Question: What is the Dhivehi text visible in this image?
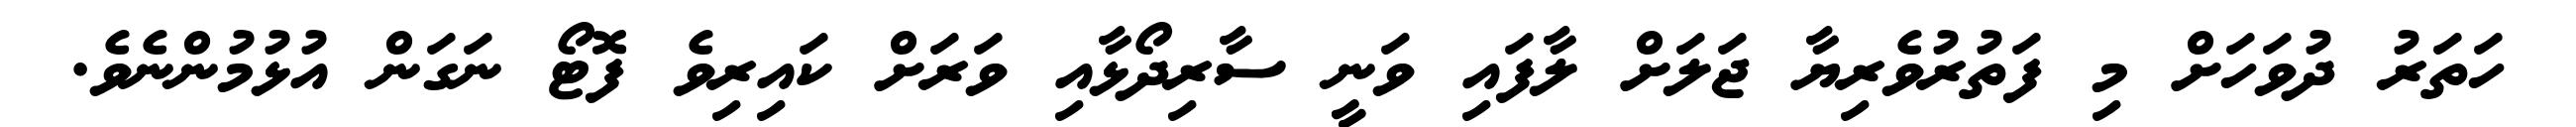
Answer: ހަތަރު ދުވަހަށް މި ފަތުރުވެރިޔާ ޖަލަށް ލާފައި ވަނީ ސާރިދޯޅާއި ވަރަށް ކައިރިވެ ފޮޓޯ ނަގަން އުޅުމުންނެވެ.